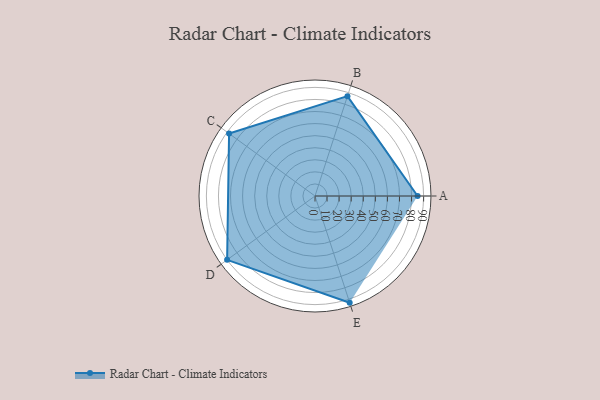
{"axis": {"x": "Skill", "y": "Score"}, "legend": ["Profile"], "data": [{"x": "A", "y": 85.0, "type": "Profile"}, {"x": "B", "y": 87.0, "type": "Profile"}, {"x": "C", "y": 88.0, "type": "Profile"}, {"x": "D", "y": 90.0, "type": "Profile"}, {"x": "E", "y": 93.0, "type": "Profile"}]}